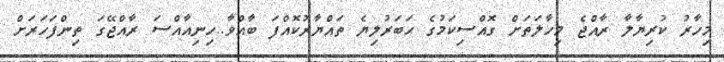
މިހާރު ކުރިޔާލާ ރާއްޖެ މިހާލަތަށް ގޮއްސިކަމުގެ ޙަބަރުލިޔެ ތައްޔާރުކޮއްފަ ބާއްވާ..ހިނިއާއްސަ ރާއްޖޭގަ ތިންފަހަރަށް